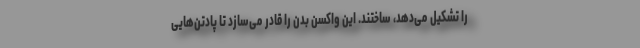
را تشکیل می‌دهد، ساختند. این واکسن بدن را قادر می‌سازد تا پادتن‌هایی